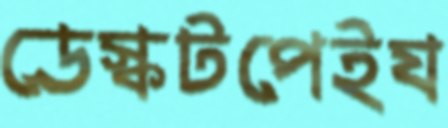
ডেস্কটপেইয